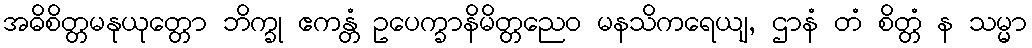
အဓိစိတ္တမနုယုတ္တော ဘိက္ခု ဧကန္တံ ဥပေက္ခာနိမိတ္တညေဝ မနသိကရေယျ, ဌာနံ တံ စိတ္တံ န သမ္မာ